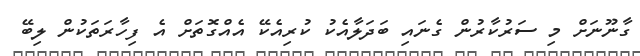
ގާނޫނަށް މި ސަރުކާރުން ގެނައި ބަދަލާއެކު ކުރިއެކޭ އެއްގޮތަށް އެ ފިހާރަތަކުން ލިބޭ